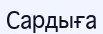
Сардыға